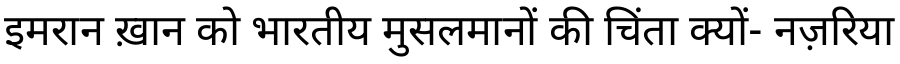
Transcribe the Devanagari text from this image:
इमरान ख़ान को भारतीय मुसलमानों की चिंता क्यों- नज़रिया